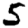
Digit: 5